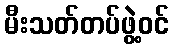
မီးသတ်တပ်ဖွဲ့ဝင်